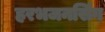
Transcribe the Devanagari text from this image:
हरभजनसिंग